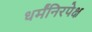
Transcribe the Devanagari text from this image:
धर्मंनिरपेक्ष